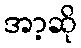
အာ့ဆို